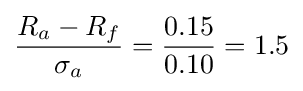
{\frac {R_{a}-R_{f}}{\sigma _{a}}}={\frac {0.15}{0.10}}=1.5